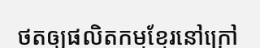
ថតឲ្យផលិតកម្មខ្មែរនៅក្រៅ